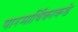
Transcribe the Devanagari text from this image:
पारमार्थिकाकडे